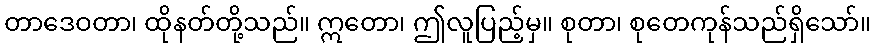
တာဒေဝတာ၊ ထိုနတ်တို့သည်။ ဣတော၊ ဤလူပြည့်မှ။ စုတာ၊ စုတေကုန်သည်ရှိသော်။